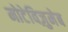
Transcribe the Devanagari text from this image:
मोटेविज़ुमेब